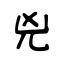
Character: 兇